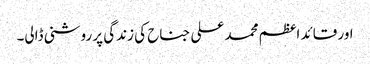
اور قائد اعظم محمد علی جناح کی زندگی پر روشنی ڈالی۔